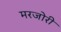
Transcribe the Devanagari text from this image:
मरजोरी